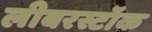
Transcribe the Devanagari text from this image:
लीबरस्टॉक